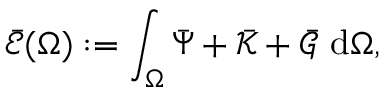
\begin{array} { r } { \bar { \mathscr { E } } ( \Omega ) : = \displaystyle \int _ { \Omega } \bar { \Psi } + \bar { \mathscr { K } } + \bar { \mathscr { G } } ~ \mathrm { d } \Omega , } \end{array}